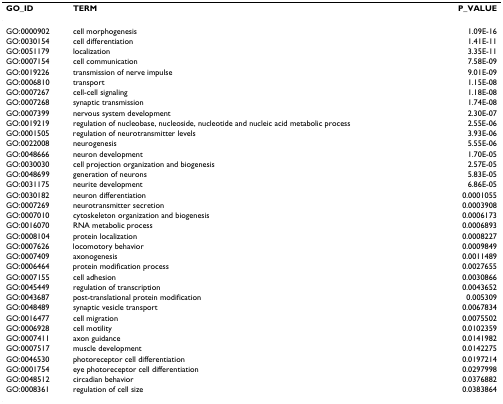
<table><thead><tr><td><b>GO_ID</b></td><td><b>TERM</b></td><td><b>P_VALUE</b></td></tr></thead><tbody><tr><td>GO:0000902</td><td>cell morphogenesis</td><td>1.09E-16</td></tr><tr><td>GO:0030154</td><td>cell differentiation</td><td>1.41E-11</td></tr><tr><td>GO:0051179</td><td>localization</td><td>3.35E-11</td></tr><tr><td>GO:0007154</td><td>cell communication</td><td>7.58E-09</td></tr><tr><td>GO:0019226</td><td>transmission of nerve impulse</td><td>9.01E-09</td></tr><tr><td>GO:0006810</td><td>transport</td><td>1.15E-08</td></tr><tr><td>GO:0007267</td><td>cell-cell signaling</td><td>1.18E-08</td></tr><tr><td>GO:0007268</td><td>synaptic transmission</td><td>1.74E-08</td></tr><tr><td>GO:0007399</td><td>nervous system development</td><td>2.30E-07</td></tr><tr><td>GO:0019219</td><td>regulation of nucleobase, nucleoside, nucleotide and nucleic acid metabolic process</td><td>2.55E-06</td></tr><tr><td>GO:0001505</td><td>regulation of neurotransmitter levels</td><td>3.93E-06</td></tr><tr><td>GO:0022008</td><td>neurogenesis</td><td>5.55E-06</td></tr><tr><td>GO:0048666</td><td>neuron development</td><td>1.70E-05</td></tr><tr><td>GO:0030030</td><td>cell projection organization and biogenesis</td><td>2.57E-05</td></tr><tr><td>GO:0048699</td><td>generation of neurons</td><td>5.83E-05</td></tr><tr><td>GO:0031175</td><td>neurite development</td><td>6.86E-05</td></tr><tr><td>GO:0030182</td><td>neuron differentiation</td><td>0.0001055</td></tr><tr><td>GO:0007269</td><td>neurotransmitter secretion</td><td>0.0003908</td></tr><tr><td>GO:0007010</td><td>cytoskeleton organization and biogenesis</td><td>0.0006173</td></tr><tr><td>GO:0016070</td><td>RNA metabolic process</td><td>0.0006893</td></tr><tr><td>GO:0008104</td><td>protein localization</td><td>0.0008227</td></tr><tr><td>GO:0007626</td><td>locomotory behavior</td><td>0.0009849</td></tr><tr><td>GO:0007409</td><td>axonogenesis</td><td>0.0011489</td></tr><tr><td>GO:0006464</td><td>protein modification process</td><td>0.0027655</td></tr><tr><td>GO:0007155</td><td>cell adhesion</td><td>0.0030866</td></tr><tr><td>GO:0045449</td><td>regulation of transcription</td><td>0.0043652</td></tr><tr><td>GO:0043687</td><td>post-translational protein modification</td><td>0.005309</td></tr><tr><td>GO:0048489</td><td>synaptic vesicle transport</td><td>0.0067834</td></tr><tr><td>GO:0016477</td><td>cell migration</td><td>0.0075502</td></tr><tr><td>GO:0006928</td><td>cell motility</td><td>0.0102359</td></tr><tr><td>GO:0007411</td><td>axon guidance</td><td>0.0141982</td></tr><tr><td>GO:0007517</td><td>muscle development</td><td>0.0142275</td></tr><tr><td>GO:0046530</td><td>photoreceptor cell differentiation</td><td>0.0197214</td></tr><tr><td>GO:0001754</td><td>eye photoreceptor cell differentiation</td><td>0.0297998</td></tr><tr><td>GO:0048512</td><td>circadian behavior</td><td>0.0376882</td></tr><tr><td>GO:0008361</td><td>regulation of cell size</td><td>0.0383864</td></tr></tbody></table>